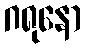
ဂရုနော